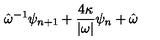
\hat { \omega } ^ { - 1 } \psi _ { n + 1 } + \frac { 4 \kappa } { | \omega | } \psi _ { n } + \hat { \omega }